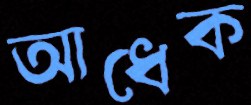
আধেক